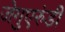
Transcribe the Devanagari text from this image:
जेगुएरुंडी